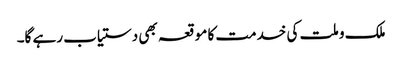
ملک و ملت کی خدمت کا موقعہ بھی دستیاب رہے گا۔